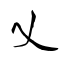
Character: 乂